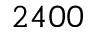
2 4 0 0